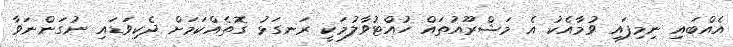
އެއްބައި ނިމިފައި ވުމާއެކު އެ މަޝްރޫއުތައް ހުއްޓުވާލުމަކީ ރަނގަޅު ގޮތެއްކަމަށް ދެކިވަޑައި ނުގަންނަވާ